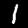
Label: 1